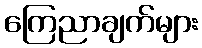
ကြေညာချက်များ